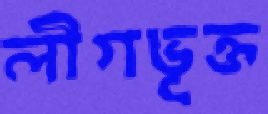
লীগভূক্ত